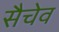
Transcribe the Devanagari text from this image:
सैचेव